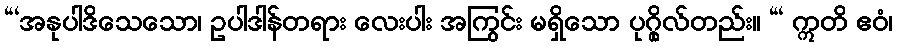
“‘အနုပါဒိသေသော၊ ဥပါဒါန်တရား လေးပါး အကြွင်း မရှိသော ပုဂ္ဂိုလ်တည်း။ “‘ ဣတိ ဧဝံ၊